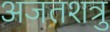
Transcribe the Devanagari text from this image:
अजतशत्रु